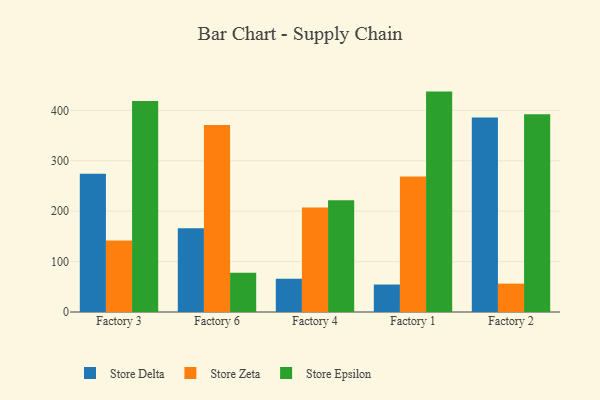
{"axis": {"x": "Factory", "y": "Waste Production (Tons)"}, "legend": ["Store Delta", "Store Epsilon", "Store Zeta"], "data": [{"x": "Factory 3", "y": 274.4, "type": "Store Delta"}, {"x": "Factory 3", "y": 141.9, "type": "Store Zeta"}, {"x": "Factory 3", "y": 418.6, "type": "Store Epsilon"}, {"x": "Factory 6", "y": 166.2, "type": "Store Delta"}, {"x": "Factory 6", "y": 370.7, "type": "Store Zeta"}, {"x": "Factory 6", "y": 78.0, "type": "Store Epsilon"}, {"x": "Factory 4", "y": 66.0, "type": "Store Delta"}, {"x": "Factory 4", "y": 207.5, "type": "Store Zeta"}, {"x": "Factory 4", "y": 221.6, "type": "Store Epsilon"}, {"x": "Factory 1", "y": 54.5, "type": "Store Delta"}, {"x": "Factory 1", "y": 268.8, "type": "Store Zeta"}, {"x": "Factory 1", "y": 437.2, "type": "Store Epsilon"}, {"x": "Factory 2", "y": 385.8, "type": "Store Delta"}, {"x": "Factory 2", "y": 56.3, "type": "Store Zeta"}, {"x": "Factory 2", "y": 392.4, "type": "Store Epsilon"}]}